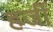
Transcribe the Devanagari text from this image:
हर्जी